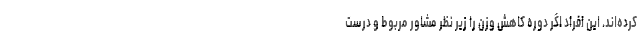
کرده‌اند. این افراد اگر دوره کاهش وزن را زیر نظر مشاور مربوط و درست